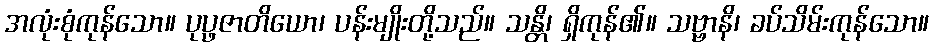
အလုံးစုံကုန်သော။ ပုပ္ဖဇာတိယော၊ ပန်းမျိုးတို့သည်။ သန္တိ၊ ရှိကုန်၏။ သဗ္ဗာနိ၊ ခပ်သိမ်းကုန်သော။